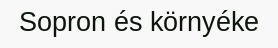
Sopron és környéke